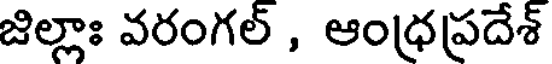
జిల్లాః వరంగల్ , ఆంధ్రప్రదేశ్